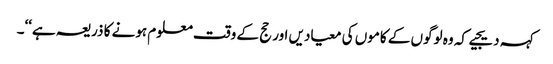
کہہ دیجیے کہ وہ لوگوں کے کاموں کی معیادیں اور حج کے وقت معلوم ہونے کا ذریعہ ہے‘‘۔